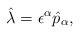
LaTeX: \begin{align*}\hat{\lambda} = \epsilon^{\alpha} \hat{p}_{\alpha},\end{align*}